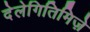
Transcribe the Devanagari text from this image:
देलेगितिमिज़े